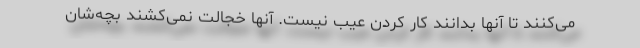
می‌کنند تا آنها بدانند کار کردن عیب نیست. آنها خجالت نمی‌کشند بچه‌شان